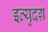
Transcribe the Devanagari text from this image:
इत्युदग्र